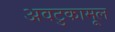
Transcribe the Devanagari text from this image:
अवटुकामूल